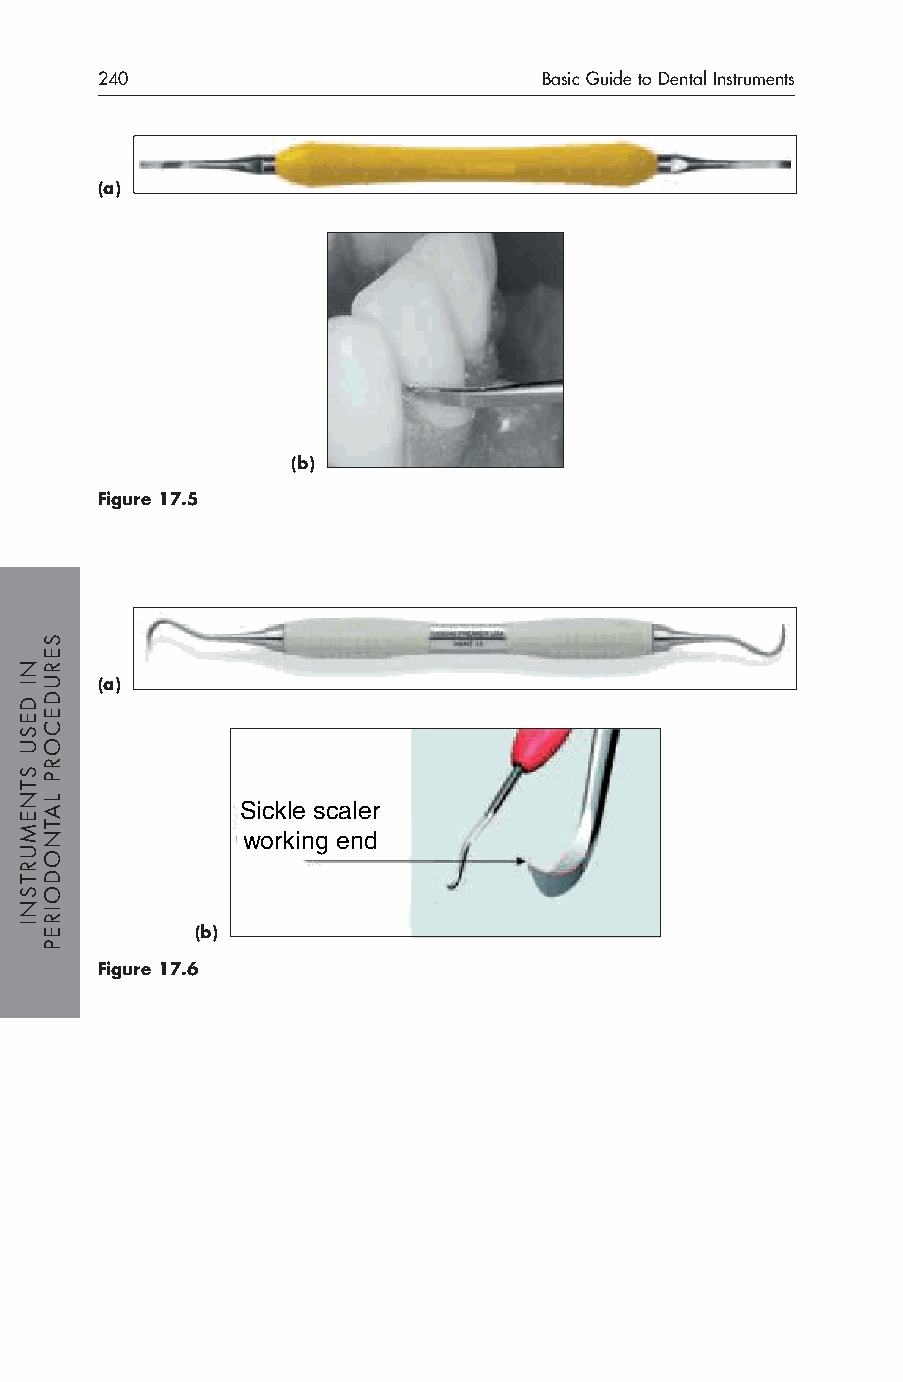
240                           Basic Guide to Dental Instruments
 (a)
 (b)
 Figure 17.5
 (a)
 Sickle scaler
 working end
 (b)
 Figure 17.6
 NI
 DESU
 STNEMURTSNI
 SERUDECORP
 LATNODOIREP